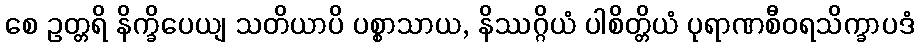
စေ ဥတ္တရိ နိက္ခိပေယျ သတိယာပိ ပစ္စာသာယ, နိဿဂ္ဂိယံ ပါစိတ္တိယံ ပုရာဏစီဝရသိက္ခာပဒံ